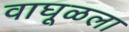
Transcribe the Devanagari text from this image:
वाघूळला